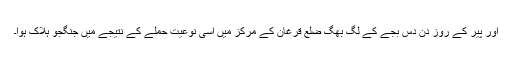
اور پیر کے روز دن دس بجے کے لگ بھگ ضلع قرغان کے مرکز میں اسی نوعیت حملے کے نتیجے میں جنگجو ہلاک ہوا۔